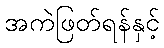
အကဲဖြတ်ရန်နှင့်